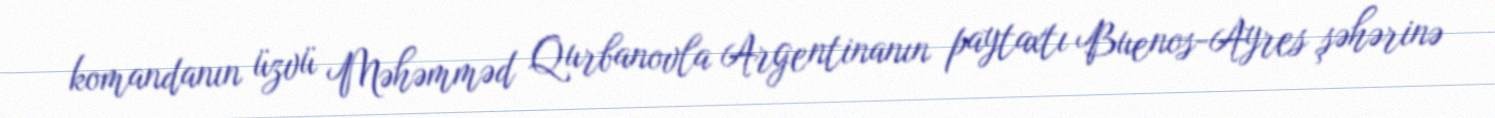
komandanın üzvü Məhəmməd Qurbanovla Argentinanın paytaxtı Buenos-Ayres şəhərinə